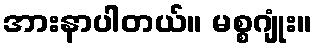
အားနာပါတယ်။ မစ္စဂျုံး။